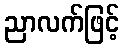
ညာလက်ဖြင့်